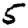
Digit: 5